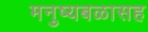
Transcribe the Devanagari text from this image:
मनुष्यबळासह